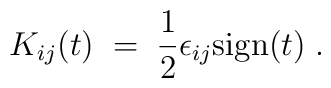
K_{ij} (t) \;=\; \frac{1}{2} \epsilon_{ij} {\rm sign}(t) \;.